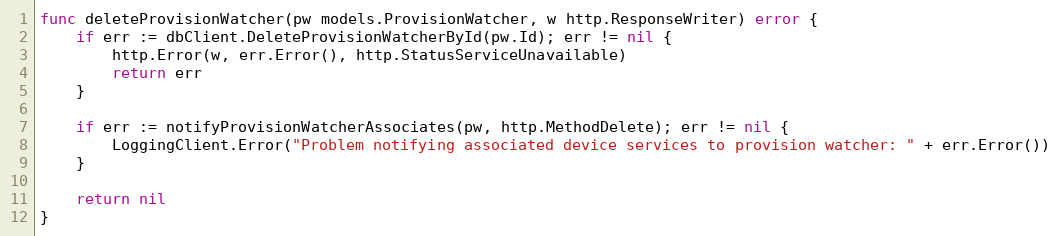
Language: Go
func deleteProvisionWatcher(pw models.ProvisionWatcher, w http.ResponseWriter) error {
	if err := dbClient.DeleteProvisionWatcherById(pw.Id); err != nil {
		http.Error(w, err.Error(), http.StatusServiceUnavailable)
		return err
	}

	if err := notifyProvisionWatcherAssociates(pw, http.MethodDelete); err != nil {
		LoggingClient.Error("Problem notifying associated device services to provision watcher: " + err.Error())
	}

	return nil
}